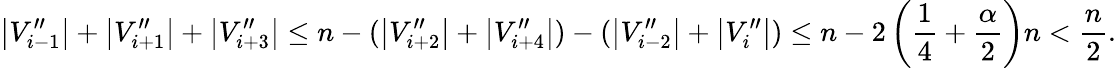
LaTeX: \left\vert{V_{i-1}^{\prime\prime}}\right\vert+\left\vert{V_{i+1}^{\prime\prime}}\right\vert+\left\vert{V_{i+3}^{\prime\prime}}\right\vert\leq n-(\left\vert{V_{i+2}^{\prime\prime}}\right\vert+\left\vert{V_{i+4}^{\prime\prime}}\right\vert)-(\left\vert{V_{i-2}^{\prime\prime}}\right\vert+\left\vert{V_{i}^{\prime\prime}}\right\vert)\leq n-2\left(\frac{1}{4}+\frac{\alpha}{2}\right)n<\frac{n}{2}.